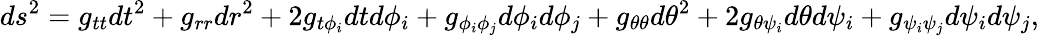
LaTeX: ds^{2}=g_{tt}dt^{2}+g_{rr}dr^{2}+2g_{t\phi_{i}}dtd\phi_{i}+g_{\phi_{i}\phi_{j}}d\phi_{i}d\phi_{j}+g_{\theta\theta}d\theta^{2}+2g_{\theta\psi_{i}}d\theta d\psi_{i}+g_{\psi_{i}\psi_{j}}d\psi_{i}d\psi_{j},